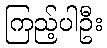
ကြည့်ပါဦး